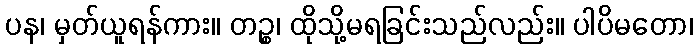
ပန၊ မှတ်ယူရန်ကား။ တဉ္စ၊ ထိုသို့မရခြင်းသည်လည်း။ ပါပိမတော၊